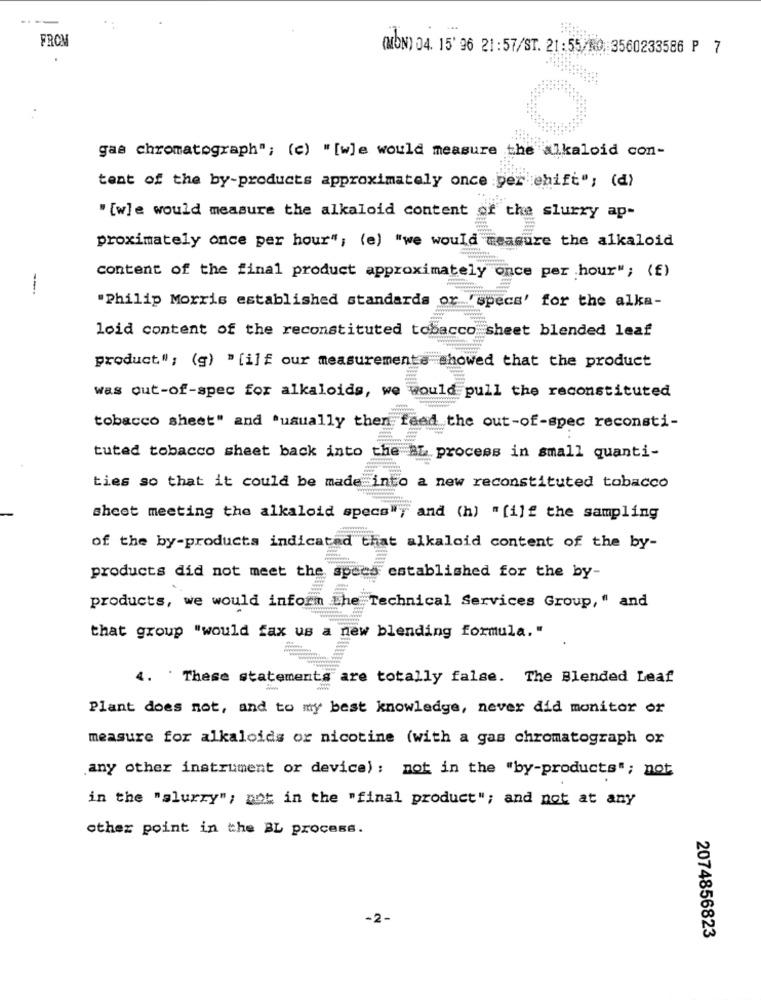
FROM
(MON) 04. 15' 96 21:57/ST. 21:55/NO. 3560233586 P 7
gas chromatograph"; (c) "[w]e would measure the alkaloid con-
tent of the by-products approximately once yer ehift"; (d)
"[w]e would measure the alkaloid content of the slurry ap-
proximately once per hour"; (e) "we would measure the alkaloid
content of the final product approximately once per hour"; (f)
--
"Philip Morris established standards or 'specs' for the alka-
loid content of the reconstituted tobacco sheet blended leaf
product"; (g) " [ilf our measurements showed that the product
was out-of-spec for alkaloids, we would pull the reconstituted
tobacco sheet" and "usually then feed the out-of-spec reconsti-
tuted tobacco sheet back into the BL process in small quanti-
ties so that it could be made into a new reconstituted tobacco
sheet meeting the alkaloid specs"y and (h) "[i]f the sampling
of the by-products indicated that alkaloid content of the by-
products did not meet the
spees established for the by-
products, we would inform The Technical Services Group, " and
that group "would fax us a new blending formula."
4. These statements are totally false. The Blended Leaf
Plant does not, and to my best knowledge, never did monitor or
measure for alkaloids or nicotine (with a gas chromatograph ox
any other instrument or device) : not in the "by-products"; not
in the "slurry"; not in the "final product"; and not at any
other point in the BL process.
-2-
2074856823